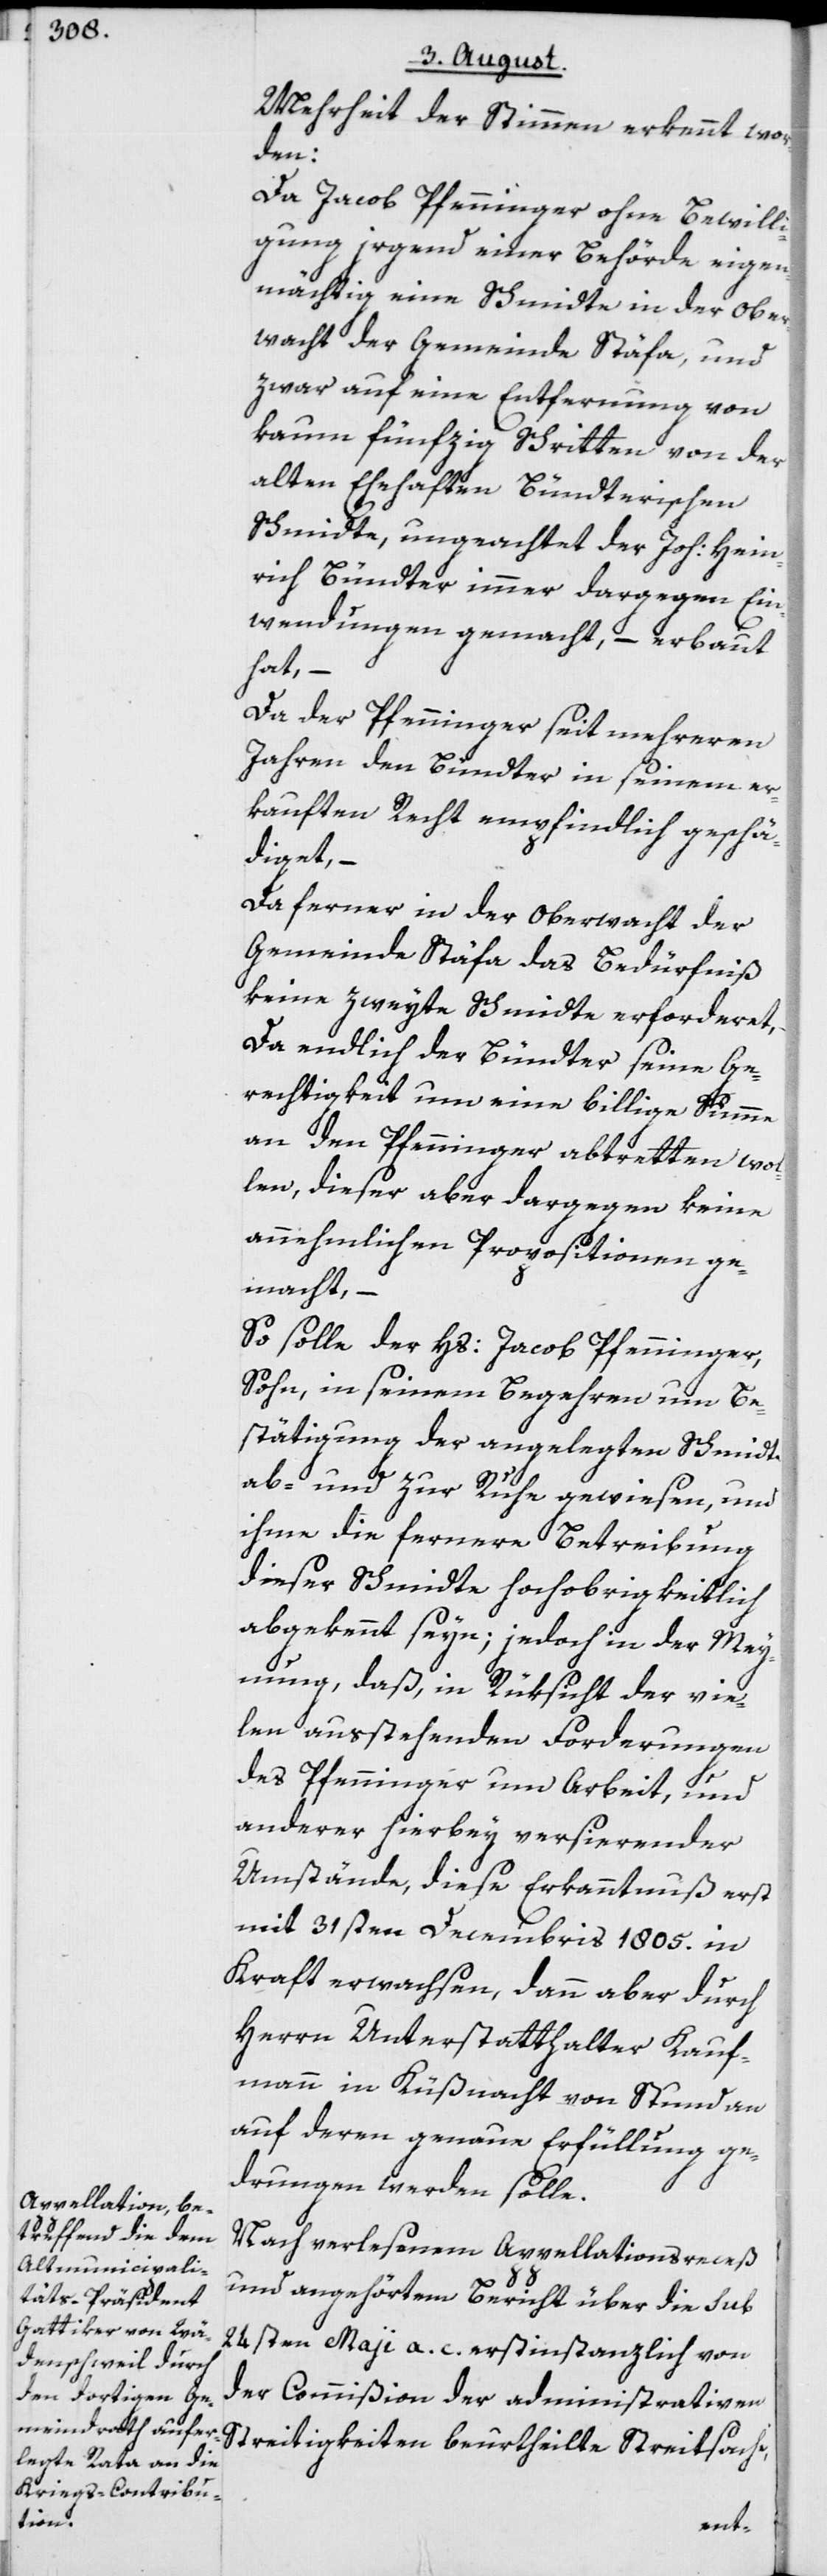
Mehrheit der Stimmen erkennt wor¬
den:
Da Jacob Pfenninger ohne Bewilli¬
gung irgend einer Behörde eigen¬
mächtig eine Schmidte in der Ober¬
wacht der Gemeinde Stäfa, und
zwar auf eine Entfernung von
kaum fünfzig Schritten von der
alten Ehehaften Bündterischen
Schmidte, ungeachtet der Joh: Hein¬
rich Bündter immer dargegen Ein¬
wendungen gemacht, – erbaut
hat, –
Da der Pfenninger seit mehreren
Jahren den Bündter in seinem er¬
kauften Recht empfindlich geschä¬
diget, –
Da ferner in der Oberwacht der
Gemeinde Stäfa das Bedürfniß
keine zweyte Schmidte erforderet,
Da endlich der Bündter seine Ge¬
rechtigkeit um eine billige Summe
an den Pfenninger abtretten wol¬
len, dieser aber dargegen keine
annehmlichen Propositionen ge¬
macht, –
So solle der Hs: Jacob Pfenninger,
Sohn, in seinem Begehren um Be¬
stätigung der angelegten Schmidte
ab- und zu Ruhe gewiesen, und
ihme die fernere Betreibung
dieser Schmidte hochobrigkeitlich
abgekennt seyn; jedoch in der Mey¬
nung, daß, in Rüksicht der vie¬
len ausstehenden Forderungen
des Pfenninger um Arbeit, und
anderer hierbey versierender
Umstände, diese Erkanntnuß erst
mit 31sten Decembris 1805. in
Kraft erwachsen, dann aber durch
Herrn Unterstatthalter Kauf¬
mann in Küßnacht von Stund an
auf deren genaue Erfüllung ge¬
drungen werden solle.
Nach verlesenem Appellationsreceß
und angehörtem Bericht über die sub
24sten May a. c. erstinstanzlich von
der Commißion der administrativen
Streitigkeiten beurtheilte Streitsache,